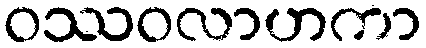
ဝဿဝလာဟကာ